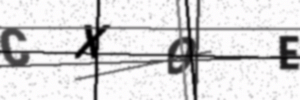
Text: CXOE